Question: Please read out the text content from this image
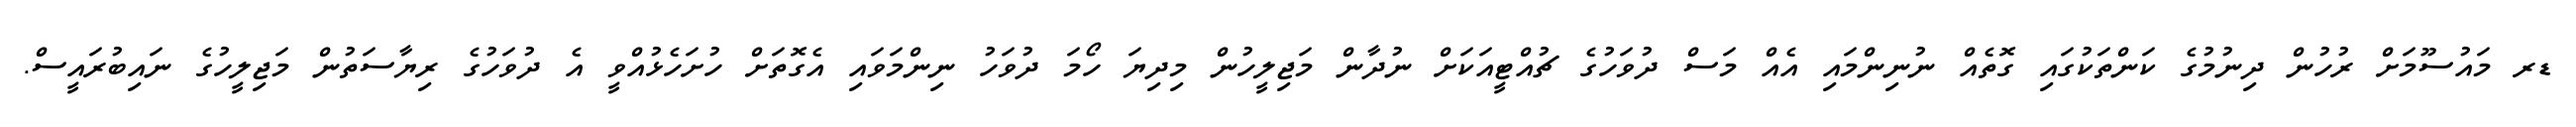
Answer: ޑރ މައުސޫމަށް ރުހުން ދިނުމުގެ ކަންތަކުގައި ގޮތެއް ނުނިންމައި އެއް މަސް ދުވަހުގެ ޗުއްޓީއަކަށް ނުދާން މަޖިލީހުން މިދިޔަ ހޯމަ ދުވަހު ނިންމަވައި އެގޮތަށް ހުށަހެޅުއްވީ އެ ދުވަހުގެ ރިޔާސަތުން މަޖިލީހުގެ ނައިބުރައީސް.